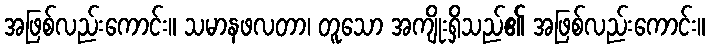
အဖြစ်လည်းကောင်း။ သမာနဖလတာ၊ တူသော အကျိုးရှိသည်၏ အဖြစ်လည်းကောင်း။